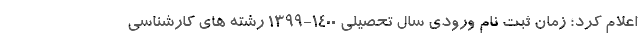
اعلام کرد؛ زمان ثبت نام ورودی سال تحصیلی ۱۴۰۰-۱۳۹۹ رشته های کارشناسی